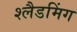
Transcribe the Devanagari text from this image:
श्लैडमिंग